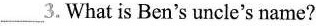
___3.What is Ben's uncle's name?